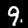
Label: 9